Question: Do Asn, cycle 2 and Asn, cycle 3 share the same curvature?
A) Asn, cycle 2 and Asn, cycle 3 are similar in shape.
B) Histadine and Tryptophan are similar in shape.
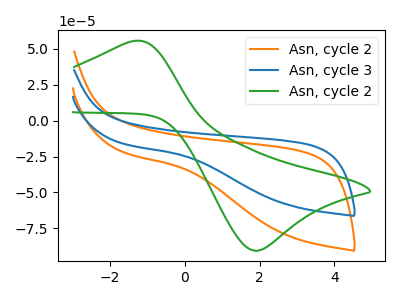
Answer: <think>The orange curve "Asn, cycle 2" has no peaks. The blue curve "Asn, cycle 3" has no peaks. The green curve "Asn, cycle 2" has an anodic peak at (-1.40V, 55.30uA) and a cathodic peak at (1.95V, -90.55uA).
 Neither "Asn, cycle 2" or "Asn, cycle 3" have any peaks.</think>
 <answer>A) "Asn, cycle 2" and "Asn, cycle 3" are similar in shape.</answer>
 <eval>A</eval>